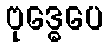
ဗုဒ္ဓေပေ